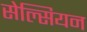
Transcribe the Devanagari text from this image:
सेल्सियन